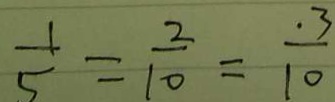
\frac { 1 } { 5 } = \frac { 2 } { 1 0 } = \frac { \cdot 3 } { 1 0 }